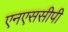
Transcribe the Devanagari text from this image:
एनएससीपी